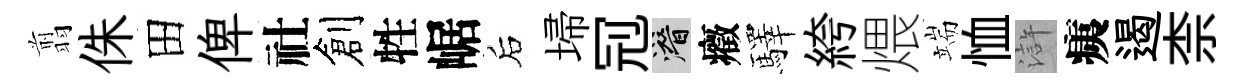
翦侏田俾社創牲崌后埽𠜍潜癥驛絝煨端恤滸痍遏柰